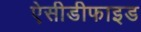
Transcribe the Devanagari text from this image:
ऐसीडीफाइड